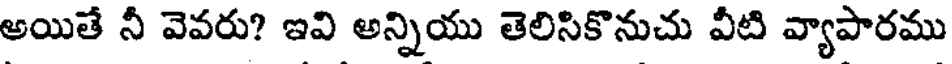
అయితే నీ వెవరు? ఇవి అన్నియు తెలిసికొనుచు వీటి వ్యాపారము